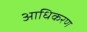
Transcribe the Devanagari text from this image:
आधिकरण